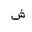
Letter: _shin